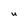
Character: u